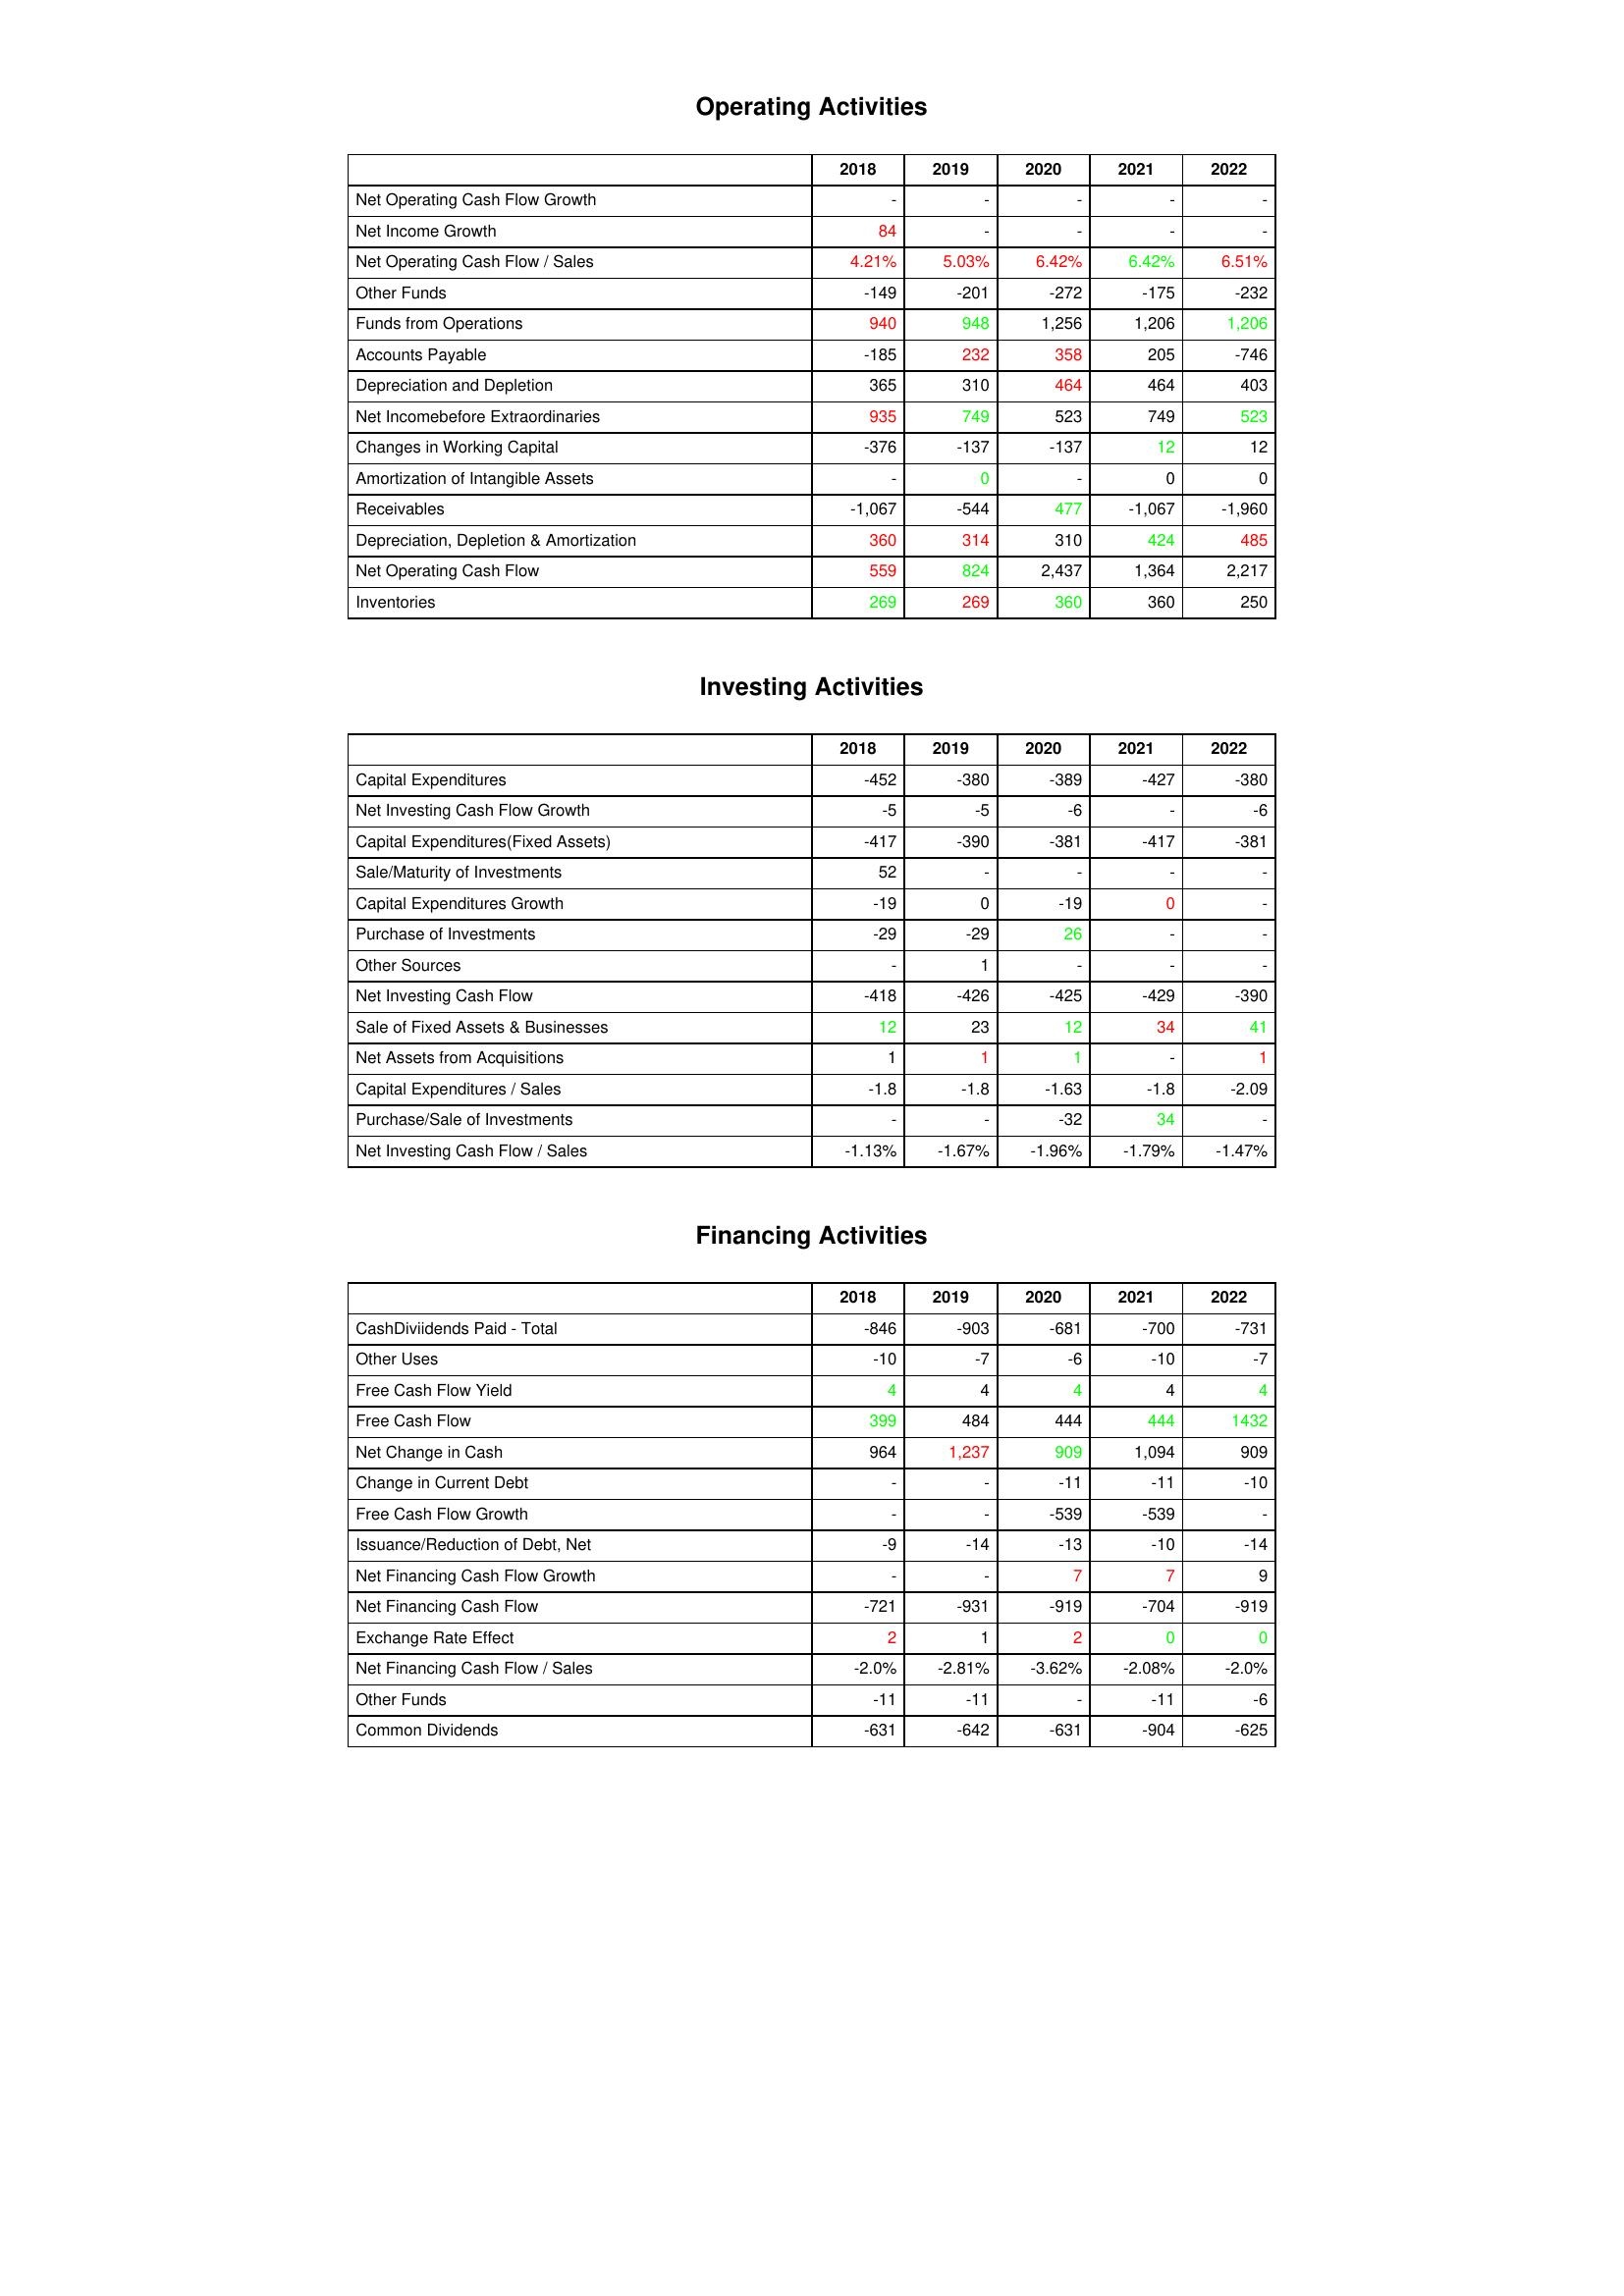
gt_parse: 2018: Operating Activities: Net Operating Cash Flow Growth: -
Net Income Growth: 84
Net Operating Cash Flow / Sales: 4.21%
Other Funds: -149
Funds from Operations: 940
Accounts Payable: -185
Depreciation and Depletion: 365
Net Incomebefore Extraordinaries: 935
Changes in Working Capital: -376
Amortization of Intangible Assets: -
Receivables: -1,067
Depreciation, Depletion & Amortization: 360
Net Operating Cash Flow: 559
Inventories: 269
Investing Activities: Capital Expenditures: -452
Net Investing Cash Flow Growth: -5
Capital Expenditures(Fixed Assets): -417
Sale/Maturity of Investments: 52
Capital Expenditures Growth: -19
Purchase of Investments: -29
Other Sources: -
Net Investing Cash Flow: -418
Sale of Fixed Assets & Businesses: 12
Net Assets from Acquisitions: 1
Capital Expenditures / Sales: -1.8
Purchase/Sale of Investments: -
Net Investing Cash Flow / Sales: -1.13%
Financing Activities: CashDiviidends Paid - Total: -846
Other Uses: -10
Free Cash Flow Yield: 4
Free Cash Flow: 399
Net Change in Cash: 964
Change in Current Debt: -
Free Cash Flow Growth: -
Issuance/Reduction of Debt, Net: -9
Net Financing Cash Flow Growth: -
Net Financing Cash Flow: -721
Exchange Rate Effect: 2
Net Financing Cash Flow / Sales: -2.0%
Other Funds: -11
Common Dividends: -631
2019: Operating Activities: Net Operating Cash Flow Growth: -
Net Income Growth: -
Net Operating Cash Flow / Sales: 5.03%
Other Funds: -201
Funds from Operations: 948
Accounts Payable: 232
Depreciation and Depletion: 310
Net Incomebefore Extraordinaries: 749
Changes in Working Capital: -137
Amortization of Intangible Assets: 0
Receivables: -544
Depreciation, Depletion & Amortization: 314
Net Operating Cash Flow: 824
Inventories: 269
Investing Activities: Capital Expenditures: -380
Net Investing Cash Flow Growth: -5
Capital Expenditures(Fixed Assets): -390
Sale/Maturity of Investments: -
Capital Expenditures Growth: 0
Purchase of Investments: -29
Other Sources: 1
Net Investing Cash Flow: -426
Sale of Fixed Assets & Businesses: 23
Net Assets from Acquisitions: 1
Capital Expenditures / Sales: -1.8
Purchase/Sale of Investments: -
Net Investing Cash Flow / Sales: -1.67%
Financing Activities: CashDiviidends Paid - Total: -903
Other Uses: -7
Free Cash Flow Yield: 4
Free Cash Flow: 484
Net Change in Cash: 1,237
Change in Current Debt: -
Free Cash Flow Growth: -
Issuance/Reduction of Debt, Net: -14
Net Financing Cash Flow Growth: -
Net Financing Cash Flow: -931
Exchange Rate Effect: 1
Net Financing Cash Flow / Sales: -2.81%
Other Funds: -11
Common Dividends: -642
2020: Operating Activities: Net Operating Cash Flow Growth: -
Net Income Growth: -
Net Operating Cash Flow / Sales: 6.42%
Other Funds: -272
Funds from Operations: 1,256
Accounts Payable: 358
Depreciation and Depletion: 464
Net Incomebefore Extraordinaries: 523
Changes in Working Capital: -137
Amortization of Intangible Assets: -
Receivables: 477
Depreciation, Depletion & Amortization: 310
Net Operating Cash Flow: 2,437
Inventories: 360
Investing Activities: Capital Expenditures: -389
Net Investing Cash Flow Growth: -6
Capital Expenditures(Fixed Assets): -381
Sale/Maturity of Investments: -
Capital Expenditures Growth: -19
Purchase of Investments: 26
Other Sources: -
Net Investing Cash Flow: -425
Sale of Fixed Assets & Businesses: 12
Net Assets from Acquisitions: 1
Capital Expenditures / Sales: -1.63
Purchase/Sale of Investments: -32
Net Investing Cash Flow / Sales: -1.96%
Financing Activities: CashDiviidends Paid - Total: -681
Other Uses: -6
Free Cash Flow Yield: 4
Free Cash Flow: 444
Net Change in Cash: 909
Change in Current Debt: -11
Free Cash Flow Growth: -539
Issuance/Reduction of Debt, Net: -13
Net Financing Cash Flow Growth: 7
Net Financing Cash Flow: -919
Exchange Rate Effect: 2
Net Financing Cash Flow / Sales: -3.62%
Other Funds: -
Common Dividends: -631
2021: Operating Activities: Net Operating Cash Flow Growth: -
Net Income Growth: -
Net Operating Cash Flow / Sales: 6.42%
Other Funds: -175
Funds from Operations: 1,206
Accounts Payable: 205
Depreciation and Depletion: 464
Net Incomebefore Extraordinaries: 749
Changes in Working Capital: 12
Amortization of Intangible Assets: 0
Receivables: -1,067
Depreciation, Depletion & Amortization: 424
Net Operating Cash Flow: 1,364
Inventories: 360
Investing Activities: Capital Expenditures: -427
Net Investing Cash Flow Growth: -
Capital Expenditures(Fixed Assets): -417
Sale/Maturity of Investments: -
Capital Expenditures Growth: 0
Purchase of Investments: -
Other Sources: -
Net Investing Cash Flow: -429
Sale of Fixed Assets & Businesses: 34
Net Assets from Acquisitions: -
Capital Expenditures / Sales: -1.8
Purchase/Sale of Investments: 34
Net Investing Cash Flow / Sales: -1.79%
Financing Activities: CashDiviidends Paid - Total: -700
Other Uses: -10
Free Cash Flow Yield: 4
Free Cash Flow: 444
Net Change in Cash: 1,094
Change in Current Debt: -11
Free Cash Flow Growth: -539
Issuance/Reduction of Debt, Net: -10
Net Financing Cash Flow Growth: 7
Net Financing Cash Flow: -704
Exchange Rate Effect: 0
Net Financing Cash Flow / Sales: -2.08%
Other Funds: -11
Common Dividends: -904
2022: Operating Activities: Net Operating Cash Flow Growth: -
Net Income Growth: -
Net Operating Cash Flow / Sales: 6.51%
Other Funds: -232
Funds from Operations: 1,206
Accounts Payable: -746
Depreciation and Depletion: 403
Net Incomebefore Extraordinaries: 523
Changes in Working Capital: 12
Amortization of Intangible Assets: 0
Receivables: -1,960
Depreciation, Depletion & Amortization: 485
Net Operating Cash Flow: 2,217
Inventories: 250
Investing Activities: Capital Expenditures: -380
Net Investing Cash Flow Growth: -6
Capital Expenditures(Fixed Assets): -381
Sale/Maturity of Investments: -
Capital Expenditures Growth: -
Purchase of Investments: -
Other Sources: -
Net Investing Cash Flow: -390
Sale of Fixed Assets & Businesses: 41
Net Assets from Acquisitions: 1
Capital Expenditures / Sales: -2.09
Purchase/Sale of Investments: -
Net Investing Cash Flow / Sales: -1.47%
Financing Activities: CashDiviidends Paid - Total: -731
Other Uses: -7
Free Cash Flow Yield: 4
Free Cash Flow: 1432
Net Change in Cash: 909
Change in Current Debt: -10
Free Cash Flow Growth: -
Issuance/Reduction of Debt, Net: -14
Net Financing Cash Flow Growth: 9
Net Financing Cash Flow: -919
Exchange Rate Effect: 0
Net Financing Cash Flow / Sales: -2.0%
Other Funds: -6
Common Dividends: -625